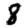
Digit: 8